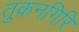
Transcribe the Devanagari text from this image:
तुकनगिरि